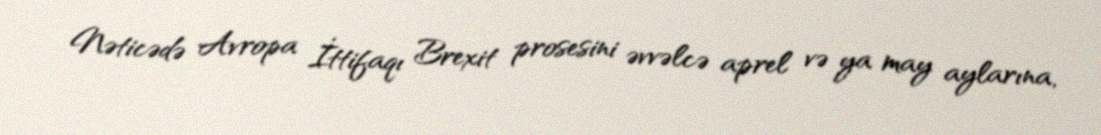
Nəticədə Avropa İttifaqı Brexit prosesini əvvəlcə aprel və ya may aylarına,